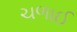
ચળાઈ